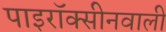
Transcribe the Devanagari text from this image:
पाइरॉक्सीनवाली